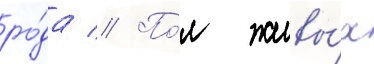
ро́да // По́л живы́х